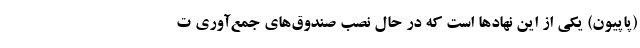
(پاپیون) یکی از این نهادها است که در حال نصب صندوق‌های جمع‌آوری ت